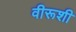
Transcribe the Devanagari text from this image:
वीरूशी